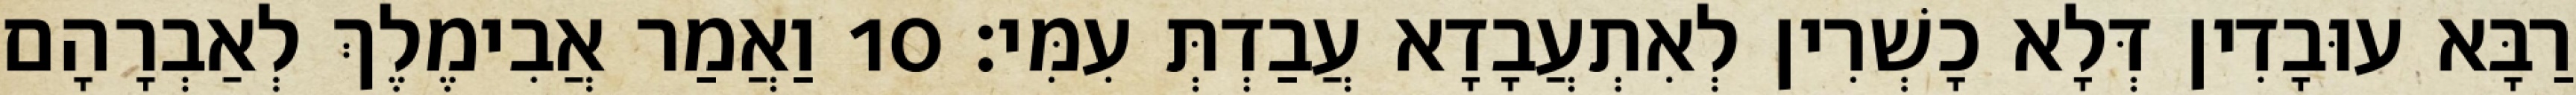
רַבָּא עוּבָדִין דְּלָא כָשְׁרִין לְאִתְעֲבָדָא עֲבַדְתְּ עִמִּי׃ 10 וַאֲמַר אֲבִימֶלֶךְ לְאַבְרָהָם